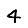
Digit: 4